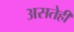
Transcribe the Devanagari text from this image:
असतेही